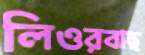
লিওরবাছ